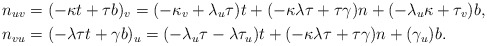
\begin{align*}n_{uv} & =(-\kappa t+\tau b)_{v}=(-\kappa_{v}+\lambda_{u}\tau)t+(-\kappa\lambda\tau+\tau\gamma)n+(-\lambda_{u}\kappa+\tau_{v})b,\\n_{vu} & =(-\lambda\tau t+\gamma b)_{u}=(-\lambda_{u}\tau-\lambda\tau_{u})t+(-\kappa\lambda\tau+\tau\gamma)n+(\gamma_{u})b.\end{align*}